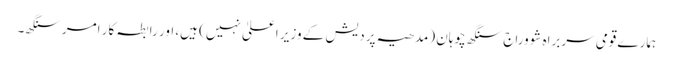
ہمارے قومی سربراہ شووراج سنگھ چوہان (مدھیہ پردیش کے وزیر اعلیٰ نہیں) ہیں، اور رابطہ کار امر سنگھ۔